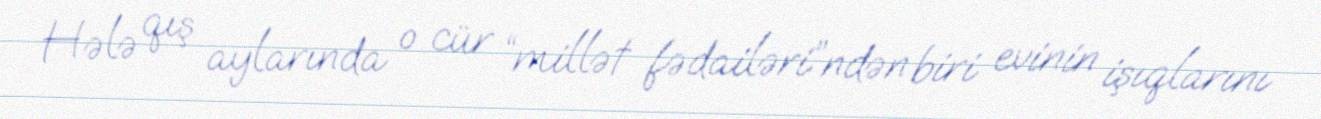
Hələ qış aylarında o cür “millət fədailəri”ndən biri evinin işıqlarını